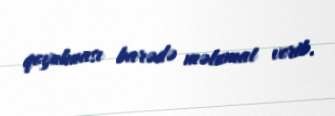
qoyulması barədə məlumat verib.